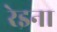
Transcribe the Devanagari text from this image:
रेइना